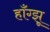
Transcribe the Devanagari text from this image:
हाँग्झू